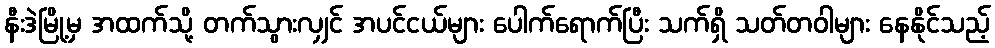
နီးဒဲမြို့မှ အထက်သို့ တက်သွားလျှင် အပင်ငယ်များ ပေါက်ရောက်ပြီး သက်ရှိ သတ်တဝါများ နေနိုင်သည့်